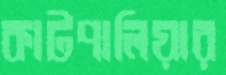
কাটপালিয়ার